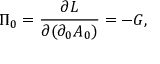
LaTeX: \Pi _ { 0 } = \frac { \partial { \cal { L } } } { \partial ( \partial _ { 0 } A _ { 0 } ) } = - G ,